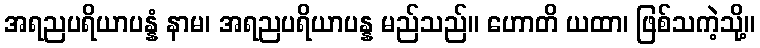
အရညပရိယာပန္နံ နာမ၊ အရညပရိယာပန္န မည်သည်။ ဟောတိ ယထာ၊ ဖြစ်သကဲ့သို့။